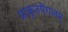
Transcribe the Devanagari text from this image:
प्राकृतपैंगलम्